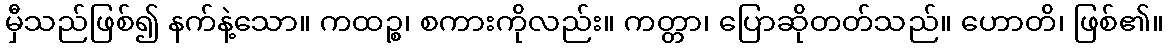
မှီသည်ဖြစ်၍ နက်နဲ့သော။ ကထဉ္စ၊ စကားကိုလည်း။ ကတ္တာ၊ ပြောဆိုတတ်သည်။ ဟောတိ၊ ဖြစ်၏။